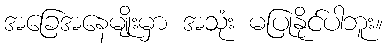
အခြေအနေမျိုးမှာ အသုံး မပြုနိုင်ပါဘူး။